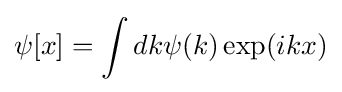
\psi [x]=\int dk\psi (k)\exp(ikx)